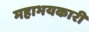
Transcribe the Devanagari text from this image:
महाभयकारी